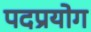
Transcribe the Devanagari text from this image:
पदप्रयोग